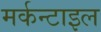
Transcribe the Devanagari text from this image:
मर्कन्टाइल